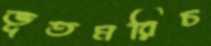
ভূতমরিচ